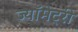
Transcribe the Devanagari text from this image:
ज्यॉमेट्री